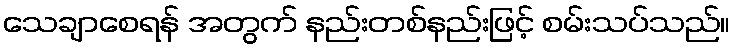
သေချာစေရန် အတွက် နည်းတစ်နည်းဖြင့် စမ်းသပ်သည်။